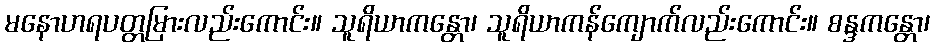
မနောဟရပတ္တမြားလည်းကောင်း။ သူရိယာကန္တော၊ သူရိယာကန်ကျောက်လည်းကောင်း။ စန္ဒကန္တော၊